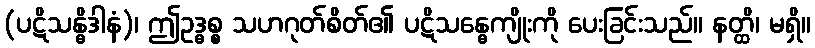
(ပဋိသန္ဓိဒါနံ)၊ ဤဥဒ္ဓစ္စ သဟဂုတ်စိတ်၏ ပဋိသန္ဓေကျိုးကို ပေးခြင်းသည်။ နတ္ထိ၊ မရှိ။